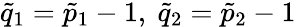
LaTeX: {\tilde{q}}_{1}={\tilde{p}}_{1}-1,~{\tilde{q}}_{2}={\tilde{p}}_{2}-1